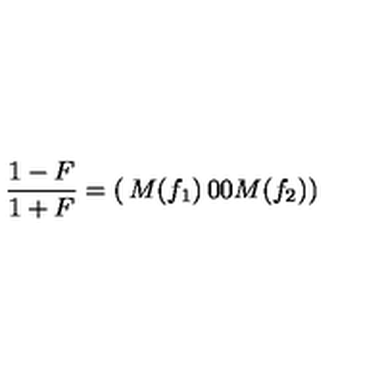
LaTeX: { \frac { 1 - F } { 1 + F } } = \left( \begin{matrix} { M ( f _ { 1 } ) } & { 0 } \\ { 0 } & { M ( f _ { 2 } ) } \\ \end{matrix} \right)